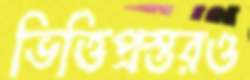
ভিত্তিপ্রস্তরও